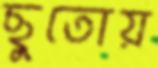
ছুতোয়